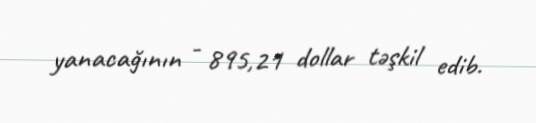
yanacağının - 895,21 dollar təşkil edib.